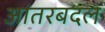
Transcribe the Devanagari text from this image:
आंतरबदल